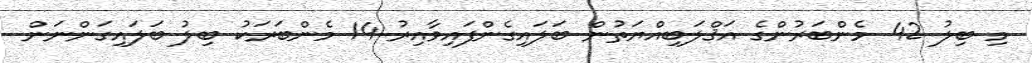
މި ބިލު 42 މެންބަރުންގެ އަޤްލަބިއްޔަތުން ބަލައިގެންފައިވާއިރު 14 މެންބަރަކު ބިލު ބަލައިގަންނަން